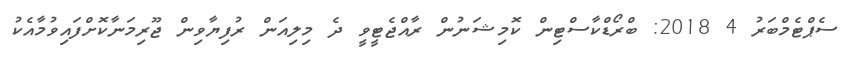
ސެޕްޓެމްބަރު 4 2018: ބްރޯޑްކާސްޓިން ކޮމިޝަނުން ރާއްޖެޓީވީ ދެ މިލިއަން ރުފިޔާވިން ޖޫރިމަނާކޮށްފައިވުމާއެކު